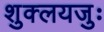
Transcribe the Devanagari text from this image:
शुक्लयजुः